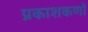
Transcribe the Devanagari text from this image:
प्रकाशकणों